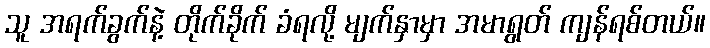
သူ အရက်ခွက်နဲ့ တိုက်ခိုက် ခံရလို့ မျက်နှာမှာ အမာရွတ် ကျန်ရစ်တယ်။